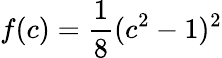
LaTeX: f(c)=\frac{1}{8}(c^{2}-1)^{2}